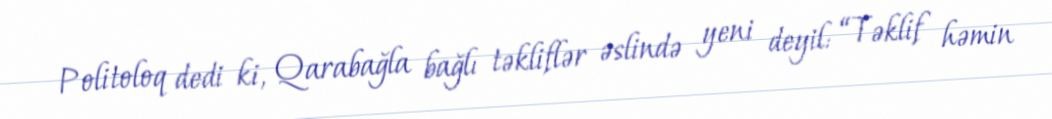
Politoloq dedi ki, Qarabağla bağlı təkliflər əslində yeni deyil: “Təklif həmin